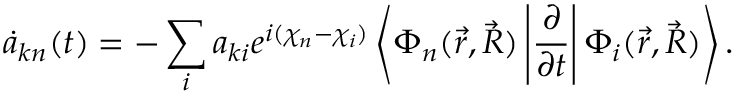
\dot { a } _ { k n } ( t ) = - \sum _ { i } a _ { k i } e ^ { i ( \chi _ { n } - \chi _ { i } ) } \left< \Phi _ { n } ( \vec { r } , \vec { R } ) \left| \frac { \partial } { \partial t } \right| \Phi _ { i } ( \vec { r } , \vec { R } ) \right> .